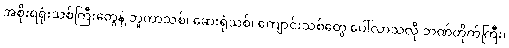
အစိုးရရုံးသစ်ကြီးတွေနဲ့ ဘူတာသစ်၊ ဆေးရုံသစ်၊ ကျောင်းသစ်တွေ ပေါ်လာသလို ဘဏ်တိုက်ကြီး၊